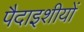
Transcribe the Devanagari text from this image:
पैदाइशीयों